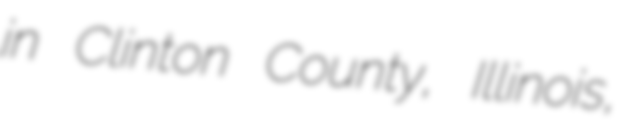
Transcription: in Clinton County, Illinois,